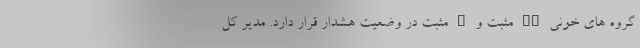
گروه های خونی AB مثبت و A مثبت در وضعیت هشدار قرار دارد. مدیر کل